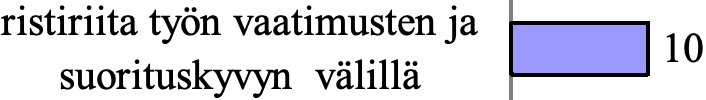
ristiriita työn vaatimusten ja 10 suorituskyvyn välillä